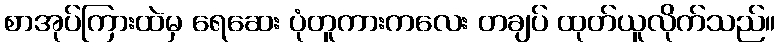
စာအုပ်ကြားထဲမှ ရေဆေး ပုံတူကားကလေး တချပ် ထုတ်ယူလိုက်သည်။